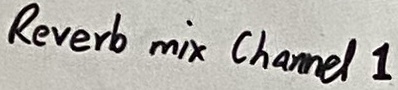
Text: Revert mix Channel 1